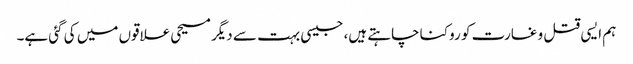
ہم ایسی قتل و غارت کو روکنا چاہتے ہیں، جیسی بہت سے دیگر مسیحی علاقوں میں کی گئی ہے۔